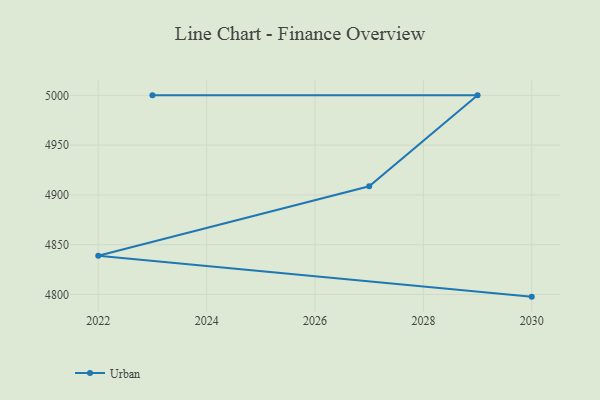
{"axis": {"x": "Year", "y": "Market Share (%)"}, "legend": ["Urban"], "data": [{"x": "2030", "y": 4797.8, "type": "Urban"}, {"x": "2022", "y": 4838.9, "type": "Urban"}, {"x": "2027", "y": 4908.7, "type": "Urban"}, {"x": "2029", "y": 5000, "type": "Urban"}, {"x": "2023", "y": 5000, "type": "Urban"}]}